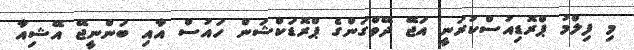
މި ފިލްމު ޕްރޮޑިއުސްކުރަނީ އަޖޭ ދޭވްގަންގެ ޕްރޮޑަކްޝަން ހައުސް އާއި ބަންނީޖޭ އޭޝިއާ